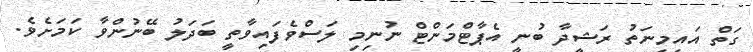
ގަތް އައިމިނަތު ރަޝީދާ ބުނީ އެޕާޓްމަންޓް ނުނިމި ލަސްވެފައިވާތީ ބަދަލު ބޭނުންވާ ކަމަށެވެ.